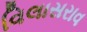
વિલાસરાવ